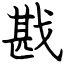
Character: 戡